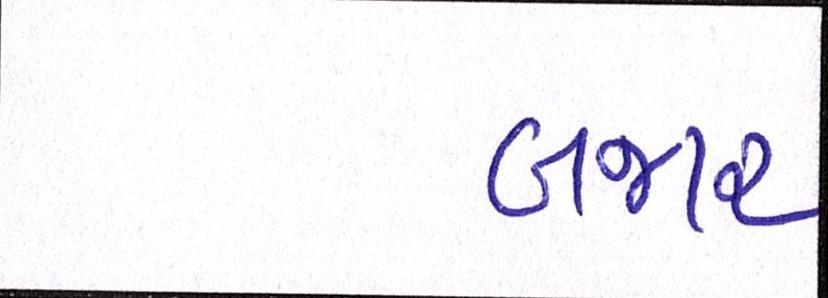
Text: બજાર